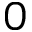
0